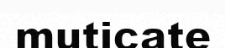
muticate